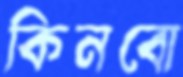
কিনবো